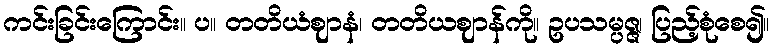
ကင်းခြင်းကြောင်း။ ပ။ တတိယံဈာနံ၊ တတိယဈာန်ကို။ ဥပသမ္ပဇ္ဇ၊ ပြည့်စုံစေ၍။